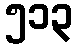
၅၁၃